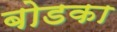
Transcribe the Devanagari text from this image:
बोडका